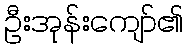
ဦးအုန်းကျော်၏